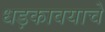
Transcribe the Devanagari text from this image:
धड़कावयाचे